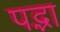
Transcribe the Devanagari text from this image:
पद्भा